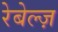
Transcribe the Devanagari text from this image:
रेबेल्ज़